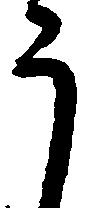
う